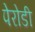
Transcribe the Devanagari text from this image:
पेरोडी